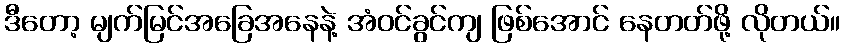
ဒီတော့ မျက်မြင်အခြေအနေနဲ့ အံဝင်ခွင်ကျ ဖြစ်အောင် နေတတ်ဖို့ လိုတယ်။